Lunatic asylums Central Provinces reports 1895-1909 - 1895-1909
Year: 1895
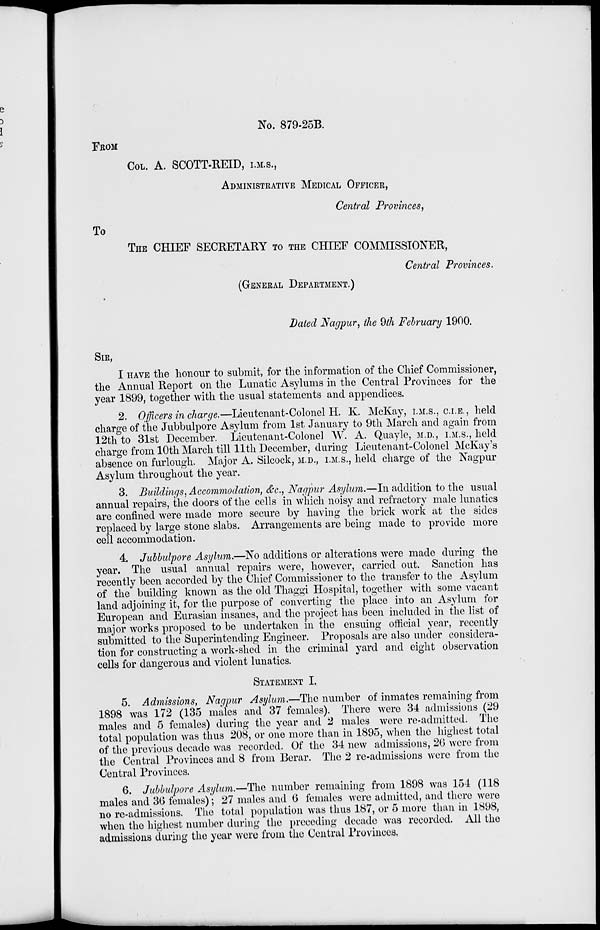
No. 879-25B.
FROM
COL. A. SCOTT-REID, I.M.S.,
ADMINISTRATIVE MEDICAL OFFICER,
Central Provinces,
To
THE CHIEF SECRETARY TO THE CHIEF COMMISSIONER,
Central Provinces.
(GENERAL DEPARTMENT.)
Dated Nagpur, the 9th February 1900.
SIR,
I HAVE the honour to submit, for the information of the Chief Commissioner,
the Annual Report on the Lunatic Asylums in the Central Provinces for the
year 1899, together with the usual statements and appendices.
2. Officers in charge.—Lieutenant-Colonel H. K. McKay, I.M.S., C.I.E., held
charge of the Jubbulpore Asylum from 1st January to 9th March and again from
12th to 31st December. Lieutenant-Colonel W. A. Quayle, M.D., I.M.S., held
charge from 10th March till 11th December, during Lieutenant-Colonel McKay's
absence on furlough. Major A. Silcock, M.D., I.M.S., held charge of the Nagpur
Asylum throughout the year.
3. Buildings, Accommodation, &c., Nagpur Asylum.—In addition to the usual
annual repairs, the doors of the cells in which noisy and refractory male lunatics
are confined were made more secure by having the brick work at the sides
replaced by large stone slabs. Arrangements are being made to provide more
cell accommodation.
4. Jubbulpore Asylum.—No additions or alterations were made during the
year. The usual annual repairs were, however, carried out. Sanction has
recently been accorded by the Chief Commissioner to the transfer to the Asylum
of the building known as the old Thaggi Hospital, together with some vacant
land adjoining it, for the purpose of converting the place into an Asylum for
European and Eurasian insanes, and the project has been included in the list of
major works proposed to be undertaken in the ensuing official year, recently
submitted to the Superintending Engineer. Proposals are also under considera-
tion for constructing a work-shed in the criminal yard and eight observation
cells for dangerous and violent lunatics.
STATEMENT I.
5. Admissions, Nagpur Asylum.—The number of inmates remaining from
1898 was 172 (135 males and 37 females). There were 34 admissions (29
males and 5 females) during the year and 2 males were re-admitted. The
total population was thus 208, or one more than in 1895, when the highest total
of the previous decade was recorded. Of the 34 new admissions, 26 were from
the Central Provinces and 8 from Berar. The 2 re-admissions were from the
Central Provinces.
6. Jubbulpore Asylum.—The number remaining from 1898 was 154 (118
males and 36 females); 27 males and 6 females were admitted, and there were
no re-admissions. The total population was thus 187, or 5 more than in 1898,
when the highest number during the preceding decade was recorded. All the
admissions during the year were from the Central Provinces.